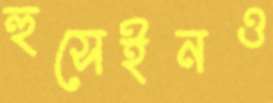
হুসেইনও